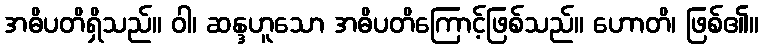
အဓိပတိရှိသည်။ ဝါ၊ ဆန္ဒဟူသော အဓိပတိကြောင့်ဖြစ်သည်။ ဟောတိ၊ ဖြစ်၏။